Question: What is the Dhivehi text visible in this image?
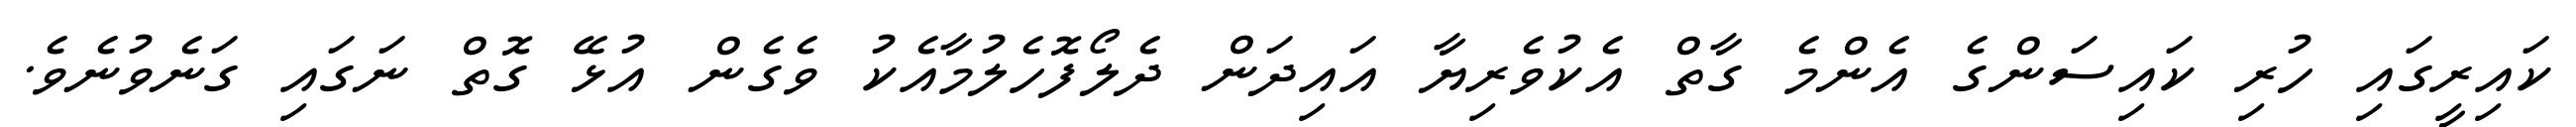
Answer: ކައިރީގައި ހުރި ކައިސަންގެ އެންމެ ގާތް އެކުވެރިޔާ އައިދަން ދެލޯފޮހެލުމާއެކު ވެގެން އުޅޭ ގޮތް ނަގައި ގަނެވުނެވެ.